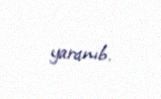
yaranıb.